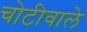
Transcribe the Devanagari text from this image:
चोटीवाले